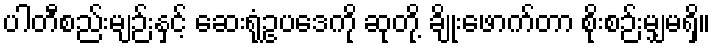
ပါတီစည်းမျဉ်းနှင့် ဆေးရုံဥပဒေကို ဆုတို့ ချိုးဖောက်တာ စိုးစဉ်းမျှမရှိ။